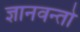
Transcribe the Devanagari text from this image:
ज्ञानवन्तो